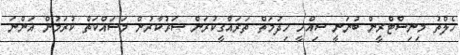
ހެލްތު މިނިސްޓްރީން ބުނަނީ ސިއްހީ ހިދުމަތް ތަރައްގީކުރަން ސަރުކާރުން މަސައްކަތް ކުރަމުން އަންނަ